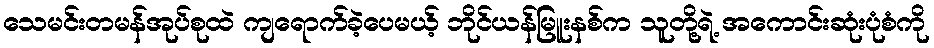
သေမင်းတမန်အုပ်စုထဲ ကျရောက်ခဲ့ပေမယ့် ဘိုင်ယန်မြူးနစ်က သူတို့ရဲ့ အကောင်းဆုံးပုံစံကို